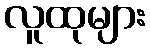
လူထုများ